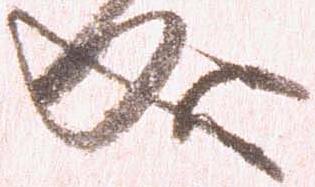
成